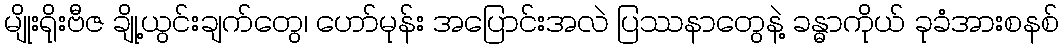
မျိုးရိုးဗီဇ ချို့ယွင်းချက်တွေ၊ ဟော်မုန်း အပြောင်းအလဲ ပြဿနာတွေနဲ့ ခန္ဓာကိုယ် ခုခံအားစနစ်